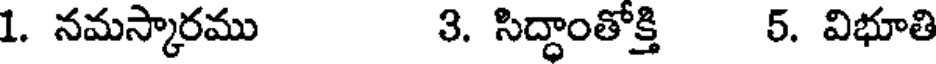
1. నమస్కారము 3. సిద్ధాంతోక్తి 5. విభూతి